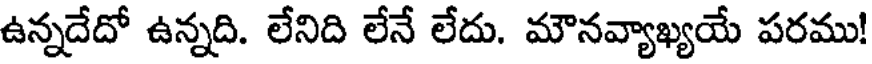
ఉన్నదేదో ఉన్నది. లేనిది లేనే లేదు. మౌనవ్యాఖ్యయే పరము!